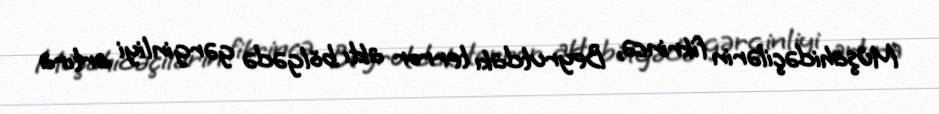
Müşahidəçilərin fikrincə, Beyrutdakı terror aktı bölgədə gərginliyi artıra